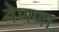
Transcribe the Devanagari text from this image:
वेणणा